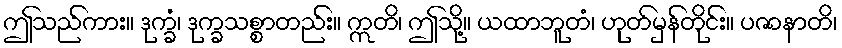
ဤသည်ကား။ ဒုက္ခံ၊ ဒုက္ခသစ္စာတည်း။ ဣတိ၊ ဤသို့။ ယထာဘူတံ၊ ဟုတ်မှန်တိုင်း။ ပဇာနာတိ၊